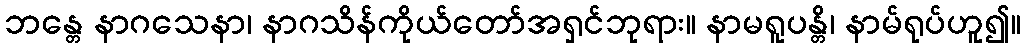
ဘန္တေ နာဂသေနာ၊ နာဂသိန်ကိုယ်တော်အရှင်ဘုရား။ နာမရူပန္တိ၊ နာမ်ရုပ်ဟူ၍။